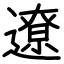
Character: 遼